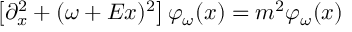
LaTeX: \left[ \partial _ { x } ^ { 2 } + ( \omega + E x ) ^ { 2 } \right] \varphi _ { \omega } ( x ) = m ^ { 2 } \varphi _ { \omega } ( x )